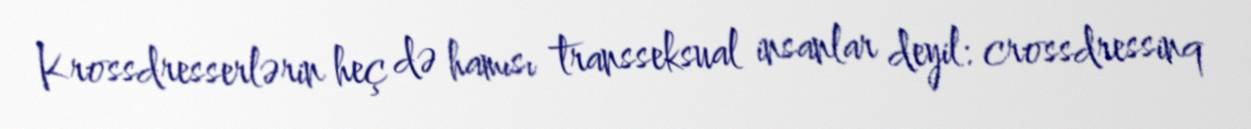
Krossdresserlərin heç də hamısı transseksual insanlar deyil: crossdressinq